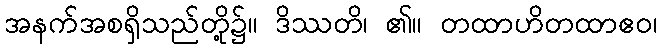
အနက်အစရှိသည်တို့၌။ ဒိဿတိ၊ ၏။ တထာဟိတထာဧဝ၊